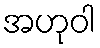
အဟုဝါ